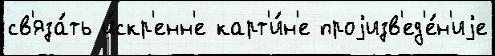
св'яза́ть и́скр'енн'е карт'и́н'е проjизв'ед'е́н'иjе